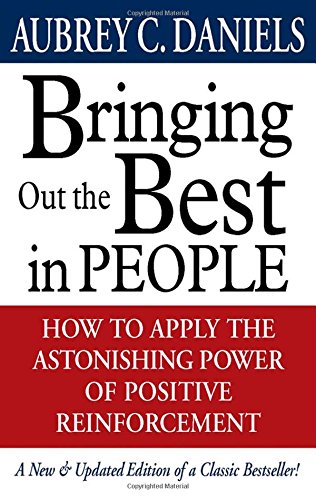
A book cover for Bringing Out the Best in People; Aubrey Daniels; Health, Fitness & Dieting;